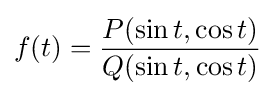
f(t)={\frac {P(\sin t,\cos t)}{Q(\sin t,\cos t)}}